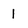
Character: 1